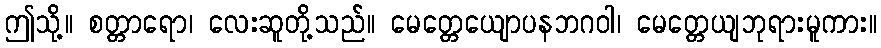
ဤသို့။ စတ္တာရော၊ လေးဆူတို့သည်။ မေတ္တေယျောပနဘဂဝါ၊ မေတ္တေယျဘုရားမူကား။